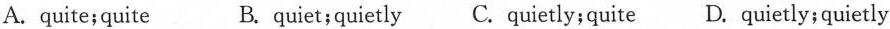
A.quite;quite B. quiet;quietly C. quietly;quite D.quietly;quietly